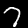
Digit: 7